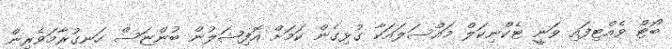
ބޯޓް ވެއްޓިފައި ވަނީ ޓެކްނިކަލް މައްސަލައަކާ ގުޅިގެން ކަމަށް އޮފިޝަލުން ބުންޏަސް ހަނގުރާމަވެރިން